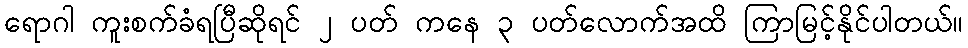
ရောဂါ ကူးစက်ခံရပြီဆိုရင် ၂ ပတ် ကနေ ၃ ပတ်လောက်အထိ ကြာမြင့်နိုင်ပါတယ်။